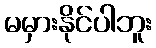
မမှားနိုင်ပါဘူး